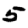
Digit: 5